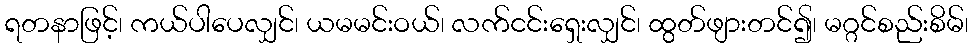
ရတနာဖြင့်၊ ကယ်ပါပေလျှင်၊ ယမမင်းဝယ်၊ လက်ငင်းရှေးလျှင်၊ ထွတ်ဖျားတင်၍၊ မဂ္ဂင်စည်းစိမ်၊